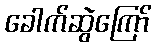
ခေါက်ဆွဲကြော်